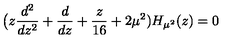
\bigl ( z { \frac { d ^ { 2 } } { d z ^ { 2 } } } + { \frac { d } { d z } } + { \frac { z } { 1 6 } } + 2 \mu ^ { 2 } ) H _ { \mu ^ { 2 } } ( z ) = 0